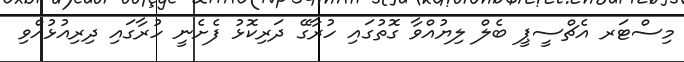
މިސްޓަރ އެޗްސީޕީ ބެލް ލިޔުއްވާ ގޮތުގައި ހުރާގޭ ދަރިކޮޅު ފެށެނީ ހުރާގައި ދިރިއުޅުއްވި